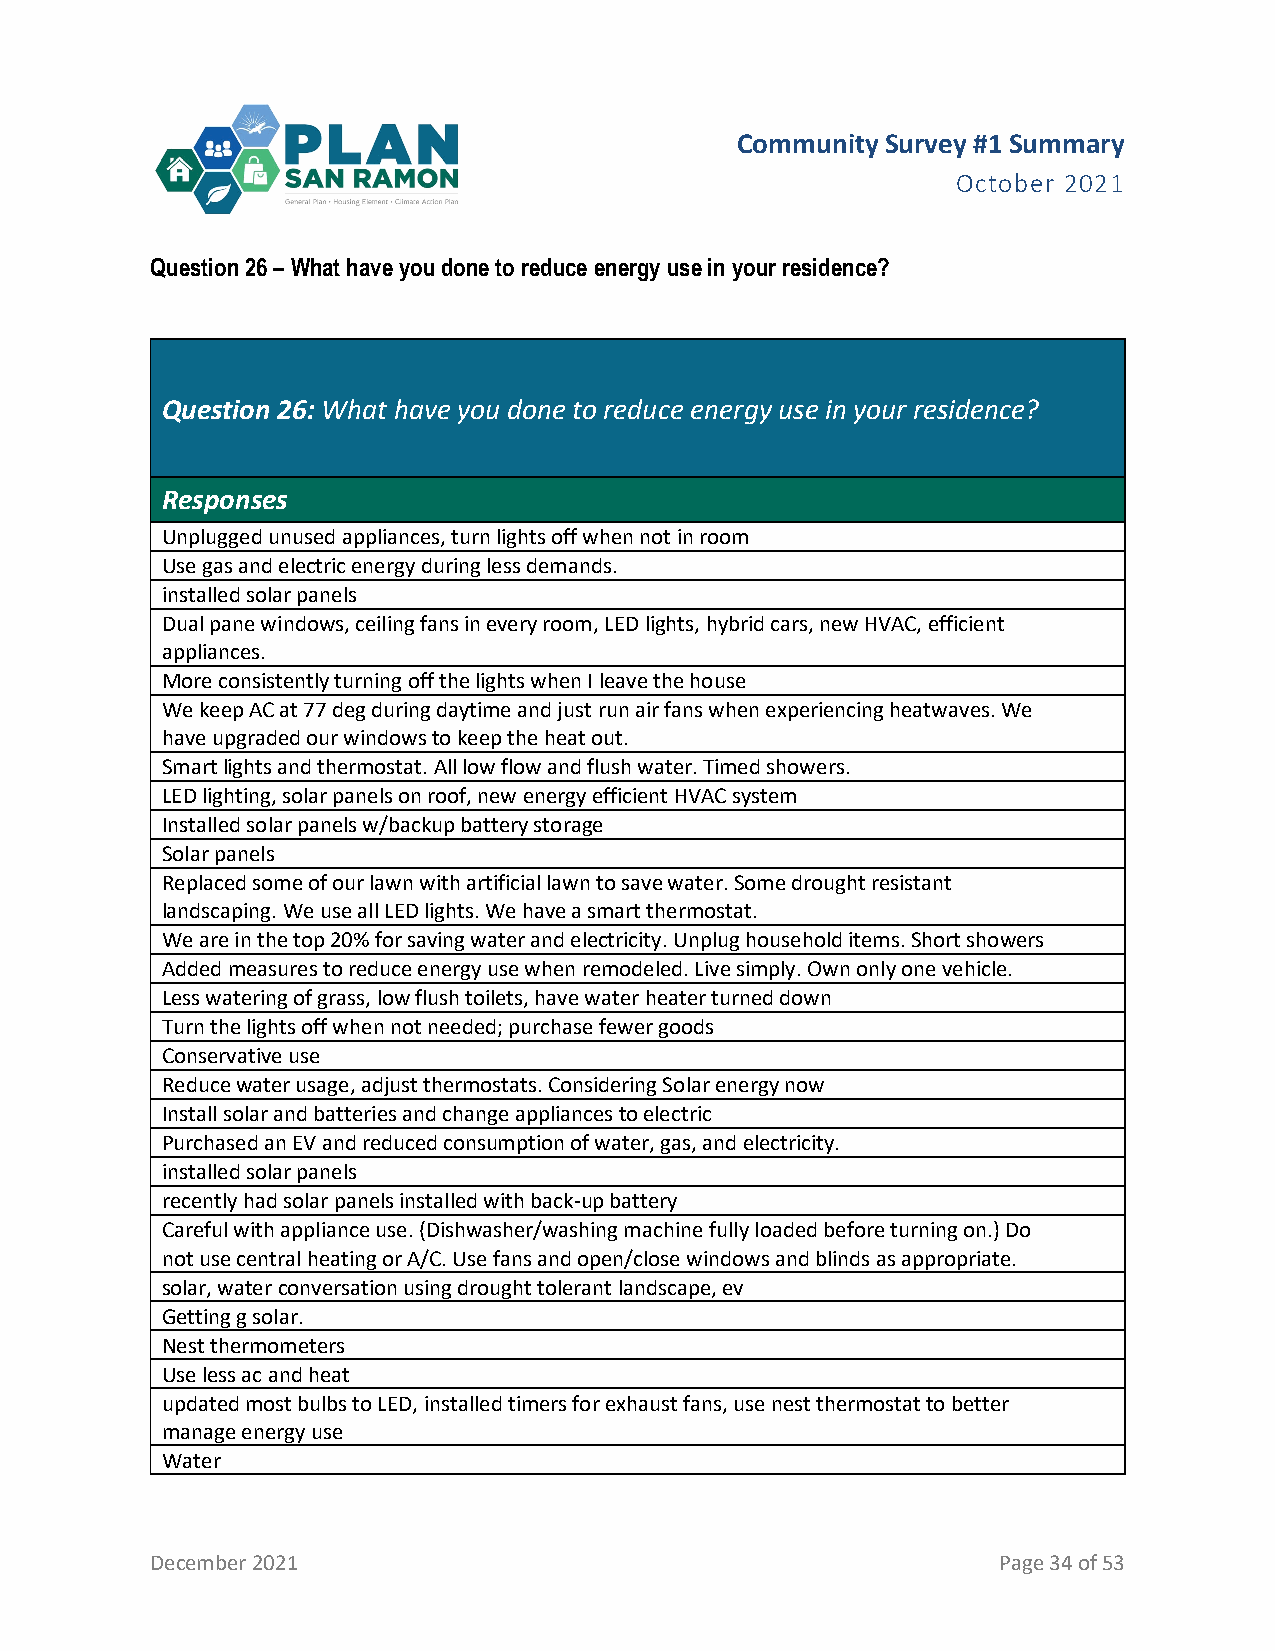
Community Survey #1 Summary
 October 2021
 Question 26 – What have you done to reduce energy use in your residence?
 Question 26: What have you done to reduce energy use in your residence?
 Responses
 Unplugged unused appliances, turn lights off when not in room
 Use gas and electric energy during less demands.
 installed solar panels
 Dual pane windows, ceiling fans in every room, LED lights, hybrid cars, new HVAC, efficient
 appliances.
 More consistently turning off the lights when I leave the house
 We keep AC at 77 deg during daytime and just run air fans when experiencing heatwaves. We
 have upgraded our windows to keep the heat out.
 Smart lights and thermostat. All low flow and flush water. Timed showers.
 LED lighting, solar panels on roof, new energy efficient HVAC system
 Installed solar panels w/backup battery storage
 Solar panels
 Replaced some of our lawn with artificial lawn to save water. Some drought resistant
 landscaping. We use all LED lights. We have a smart thermostat.
 We are in the top 20% for saving water and electricity. Unplug household items. Short showers
 Added measures to reduce energy use when remodeled. Live simply. Own only one vehicle.
 Less watering of grass, low flush toilets, have water heater turned down
 Turn the lights off when not needed; purchase fewer goods
 Conservative use
 Reduce water usage, adjust thermostats. Considering Solar energy now
 Install solar and batteries and change appliances to electric
 Purchased an EV and reduced consumption of water, gas, and electricity.
 installed solar panels
 recently had solar panels installed with back-up battery
 Careful with appliance use. (Dishwasher/washing machine fully loaded before turning on.) Do
 not use central heating or A/C. Use fans and open/close windows and blinds as appropriate.
 solar, water conversation using drought tolerant landscape, ev
 Getting g solar.
 Nest thermometers
 Use less ac and heat
 updated most bulbs to LED, installed timers for exhaust fans, use nest thermostat to better
 manage energy use
 Water
 December 2021                                           Page 34 of 53